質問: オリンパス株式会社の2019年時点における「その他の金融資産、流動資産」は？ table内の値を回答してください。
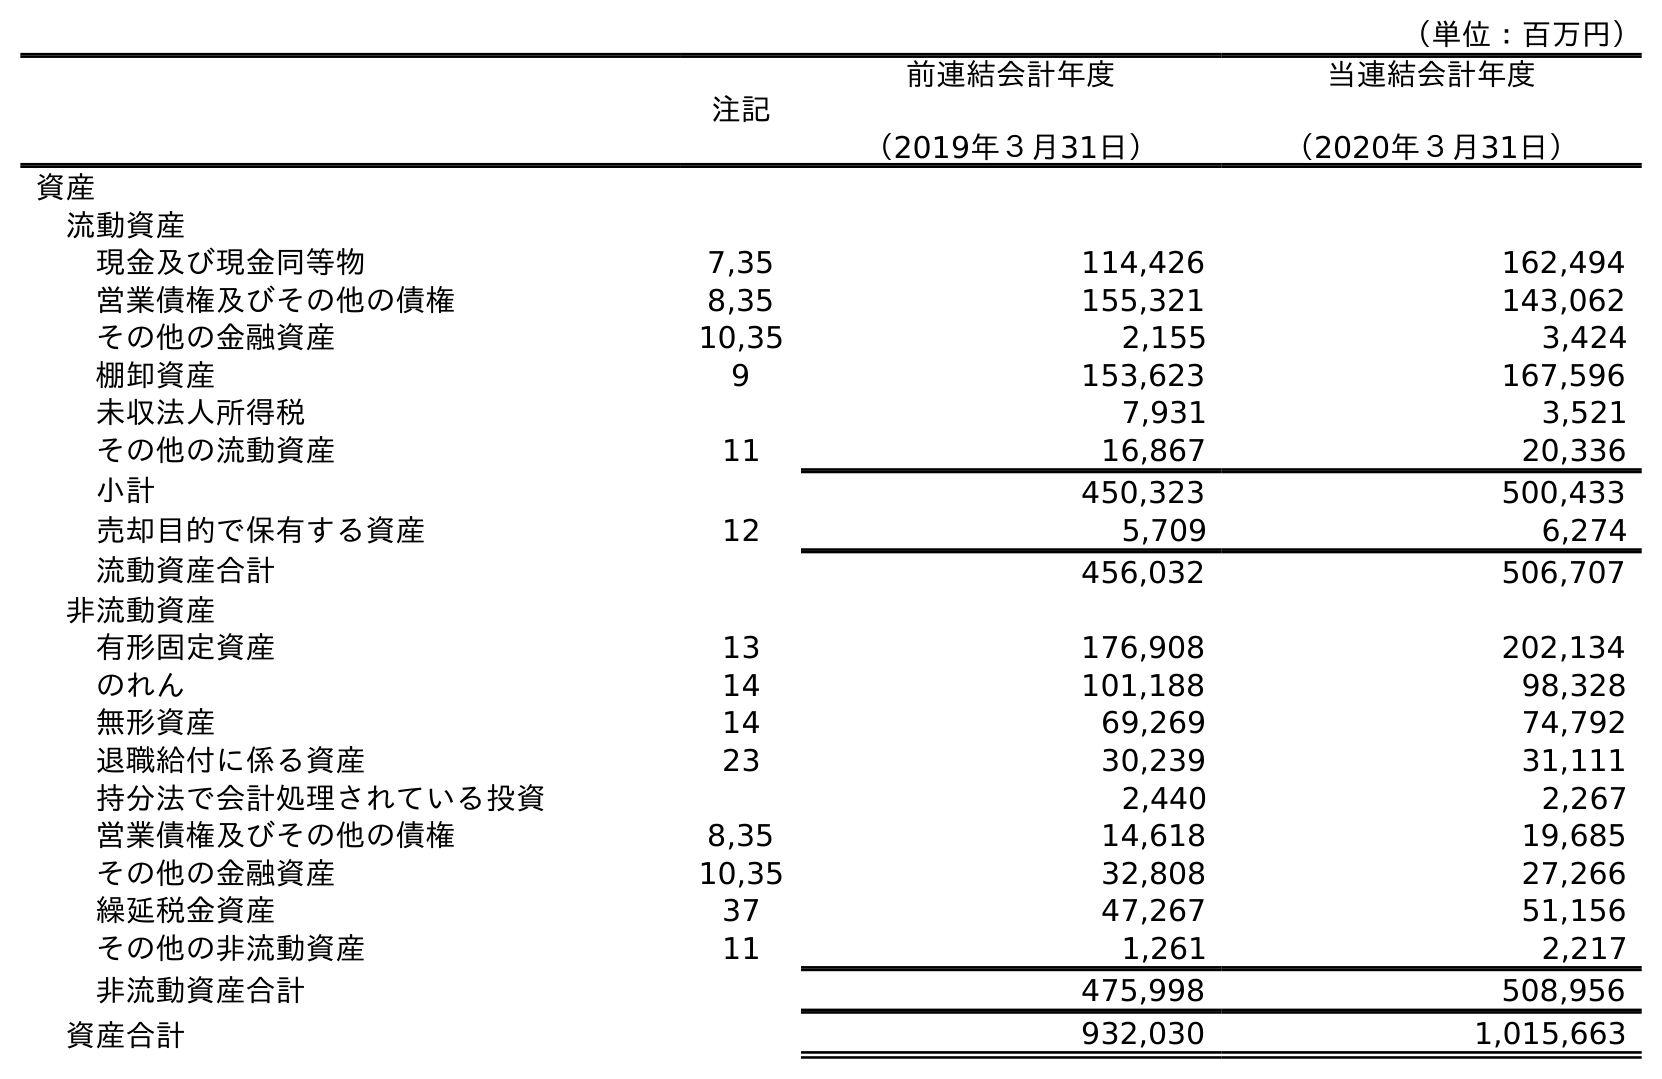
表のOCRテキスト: （単位：百万円） 注記 前連結会計年度 （2019年３月31日） 当連結会計年度 （2020年３月31日） 資産 流動資産 現金及び現金同等物 7,35 114,426 162,494 営業債権及びその他の債権 8,35 155,321 143,062 その他の金融資産 10,35 2,155 3,424 棚卸資産 9 153,623 167,596 未収法人所得税 7,931 3,521 その他の流動資産 11 16,867 20,336 小計 450,323 500,433 売却目的で保有する資産 12 5,709 6,274 流動資産合計 456,032 506,707 非流動資産 有形固定資産 13 176,908 202,134 のれん 14 101,188 98,328 無形資産 14 69,269 74,792 退職給付に係る資産 23 30,239 31,111 持分法で会計処理されている投資 2,440 2,267 営業債権及びその他の債権 8,35 14,618 19,685 その他の金融資産 10,35 32,808 27,266 繰延税金資産 37 47,267 51,156 その他の非流動資産 11 1,261 2,217 非流動資産合計 475,998 508,956 資産合計 932,030 1,015,663
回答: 2,155